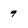
Character: 9